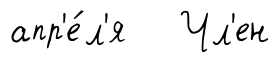
апр'е́л'я Чл'ен